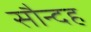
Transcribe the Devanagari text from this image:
सौन्दह